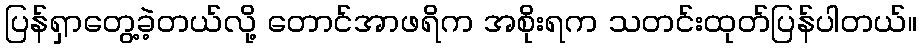
ပြန်ရှာတွေ့ခဲ့တယ်လို့ တောင်အာဖရိက အစိုးရက သတင်းထုတ်ပြန်ပါတယ်။